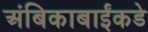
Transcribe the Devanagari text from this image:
अंबिकाबाईंकडे